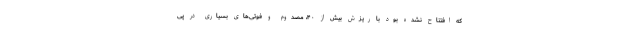
که افتتاح نشده بود با ریزش بیش از ۴۰، مصدوم و فوتی‌های بسیاری در پی